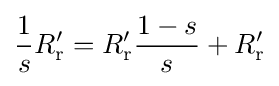
{\frac {1}{s}}R_{\text{r}}'=R_{\text{r}}'{\frac {1-s}{s}}+R_{\text{r}}'